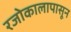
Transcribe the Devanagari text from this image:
रजोकालापासून